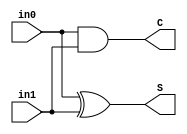
// half_adder.v

module half_adder (in0, in1, C, S);

    input in0, in1;
    output S, C;

    assign S = in0 ^ in1;
    assign C = in0 & in1;


endmodule